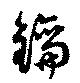
鑰